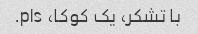
با تشکر، یک کوکا، pls.